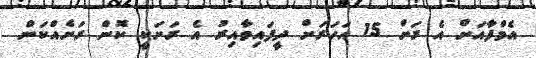
އެމްފާއަށް އެ ރަށް 15 އަހަރަށް ދީފައިވާއިރު އެ ރަށަކީ ކޮން ރަށެއްކަން